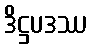
ဒိဋ္ဌပဒဿ